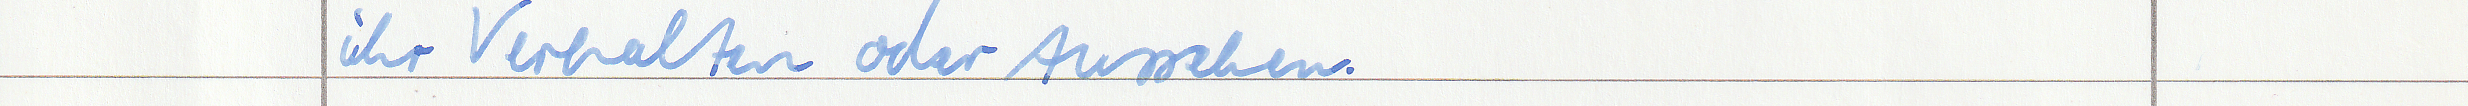
ihr Verhalten oder Aussehen.